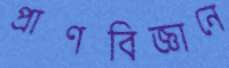
প্রাণবিজ্ঞানে